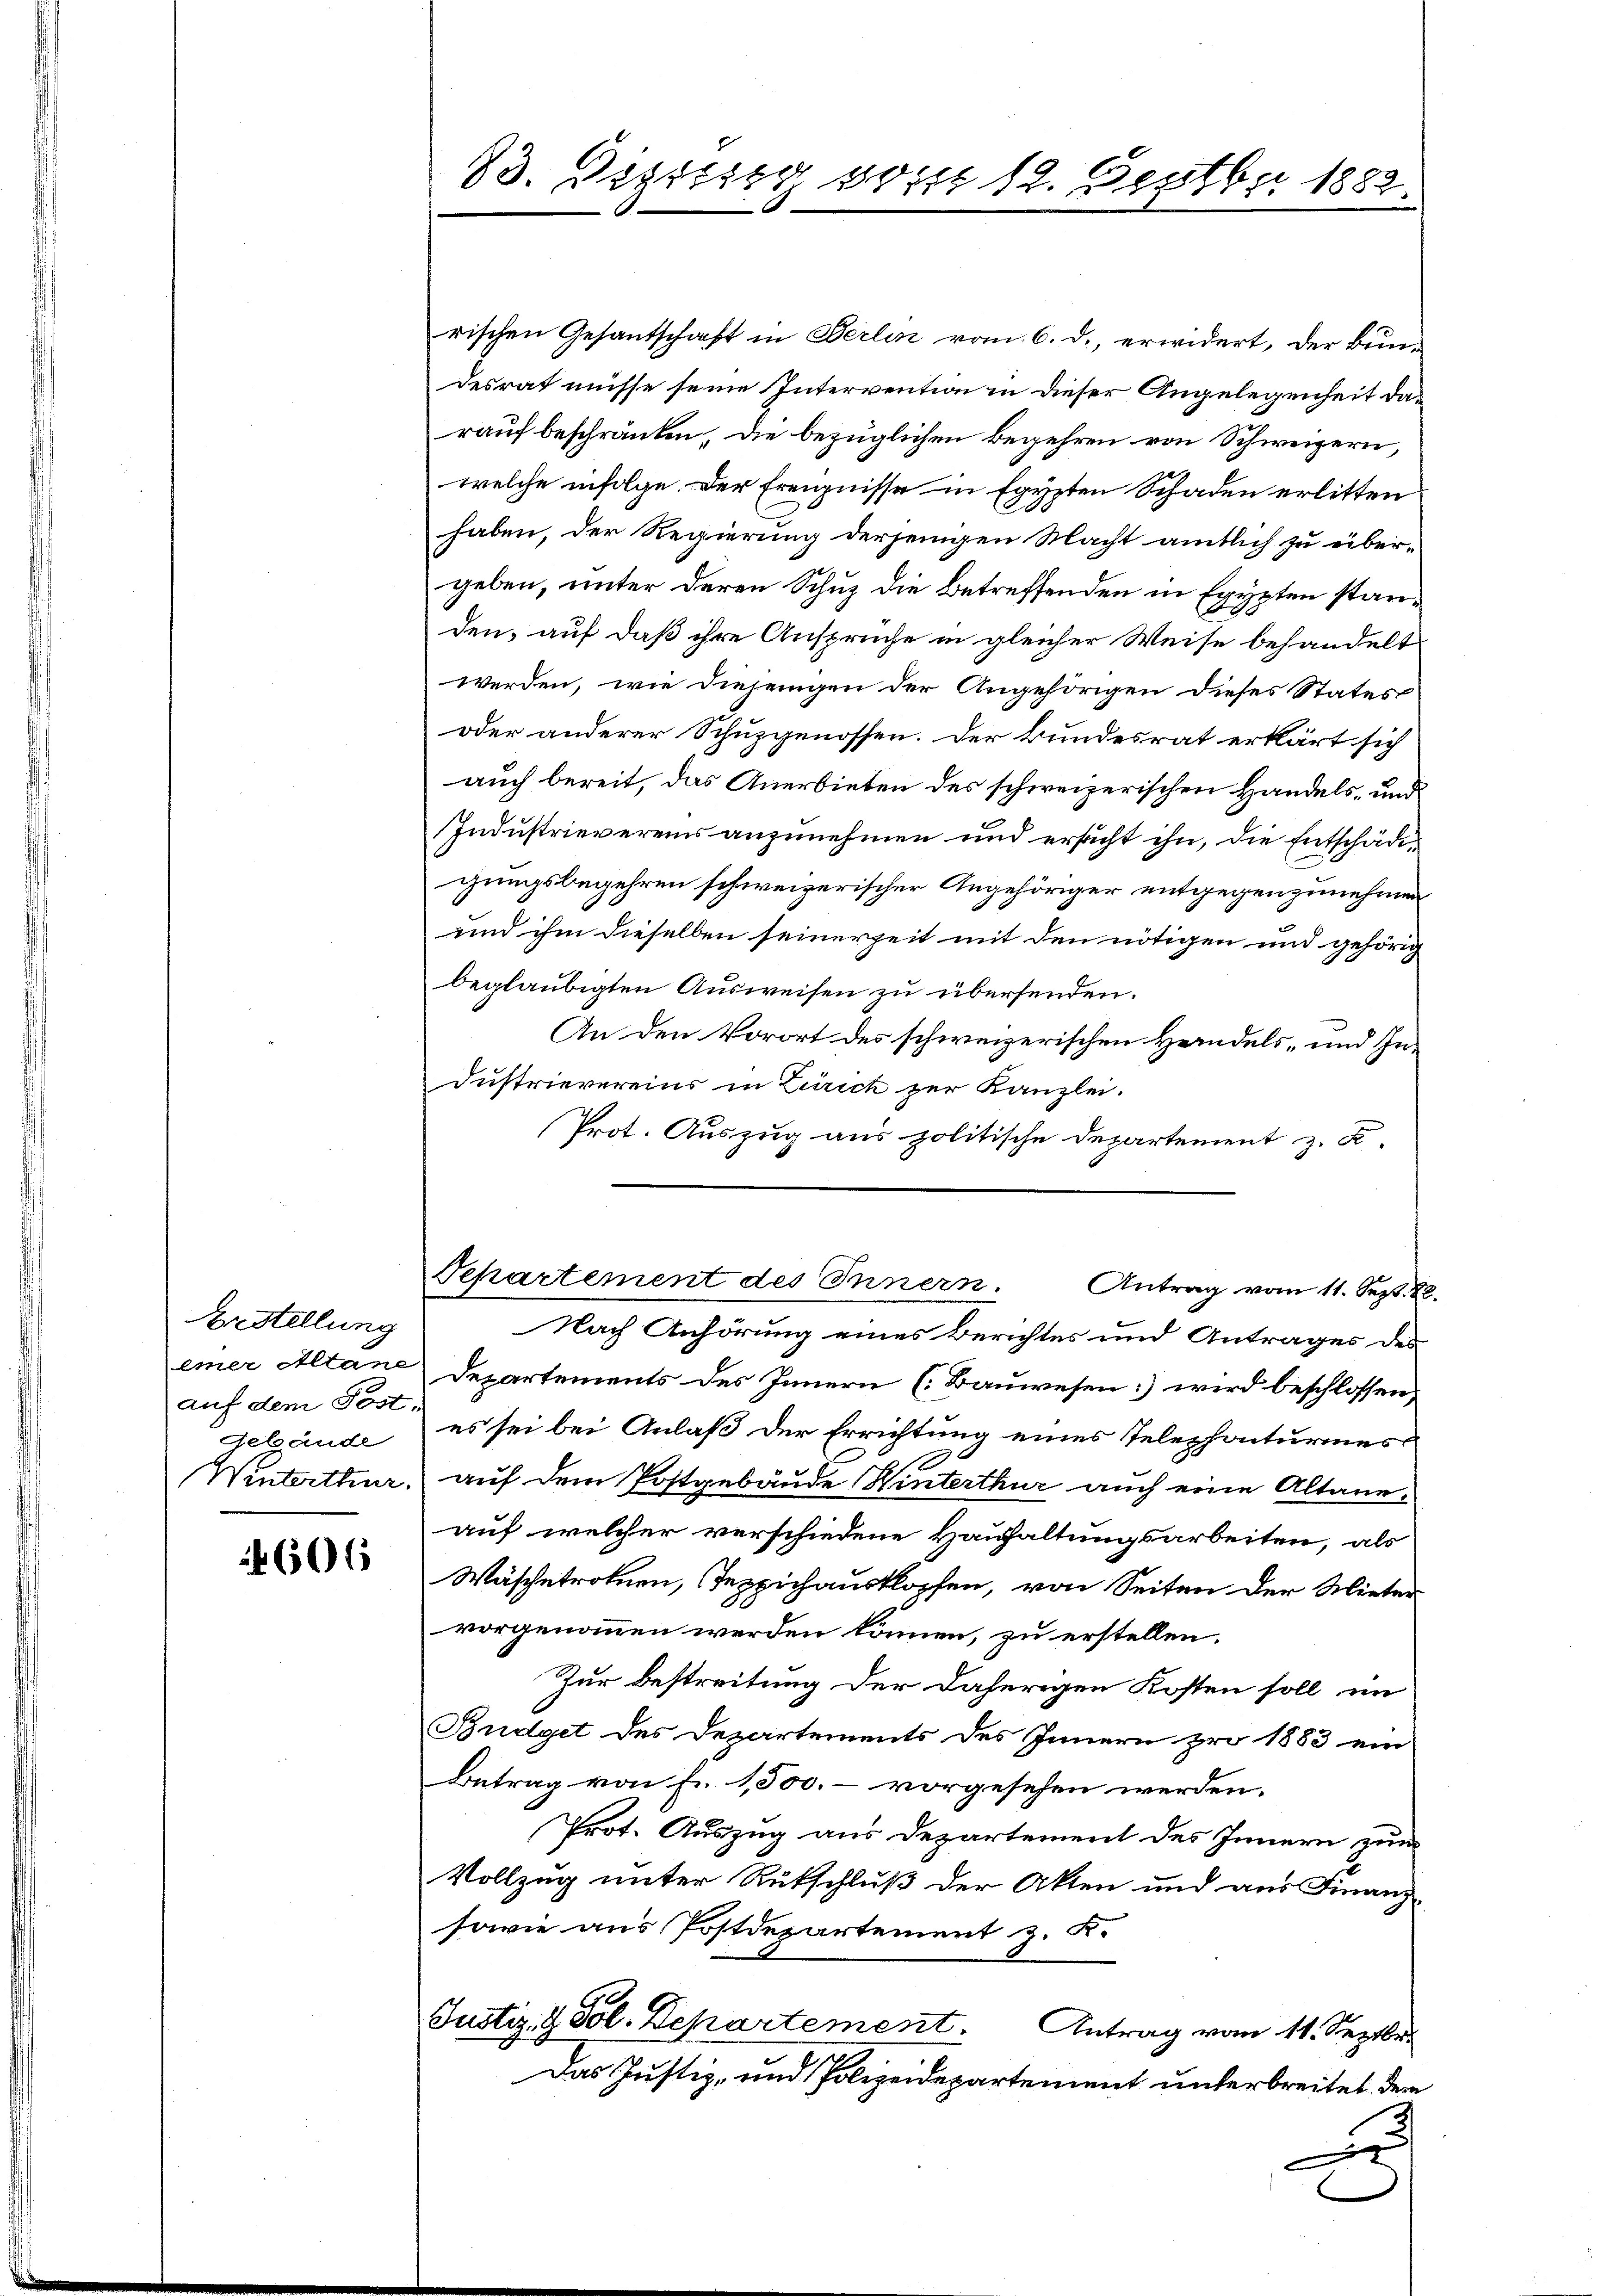
Erstellung
auf dem Post¬
Gebäude
Winterthur.

606

83. Distrig vom 12. Septbr 1882.

rischen Gesantschaft in Berlin vom 6. d. erwidert, der Bundesrat müsse seine Intervention in dieser Angelegenheit darauf beschränken, die bezüglichen Begehren von Schweizern,
welche infolge. Der Ereignisse in Egypten Schaden erlitten
haben, der Regierung derjenigen Nacht amtlich zu übergeben, unter deren Schuz die Betreffenden in Egypten standen, auf daß ihre Ansprüche in gleicher Weise behandelt
werden, wie diejenigen der Angehörigen dieses Status
oder anderer Schuzgenossen. Der Bundesrat erklärt sich
auch bereit, das Anerbieten des schweizerischen Handels- und
Industrievereins anzunehmen und ersucht ihn, die Entschädigungsbegehren schweizerischer Angehöriger entgegenzunehmen
und ihm dieselben seinerzeit mit den nötigen und gehörig
beglaubigten Ausweisen zu übersenden.
An den Vorort des schweizerischen Handels- und In¬
Dustrievereins in Zürich zur Kanzlei.
Prot. Auszug aus politische Departement z. K.
Separtement des Innern. Antrag vom 11. Sept. 82.
Nach Anhörung eines Berichtes und Antrages des
einer Altane Departements des Innern (Bauwesen wird beschlossen,
es sei bei Anlaß der Errichtung eines Telephonturmes
auf dem Postgebäude Hinterthur auch eine Altaneauf welcher verschiedene Hauhaltungsarbeiten, als
Wäsche trotuen, Teppichausklopfen, von Seiten der Mieter
vorgenommen werden können, zu erstellen.
Zur Bestreitung der daherigen Kosten soll im
Budget des Departements des Innern pro 1883 ein
Betrag von Fr. 1,500.- vorgesehen werden.
Prot. Auszug aus Departement des Innern zum
Vollzug unter Rutschluß der Akten und aus Finanz-
sowie aus Postdepartement z. K.
Justiz- & Pol. Departement. Antrag vom 11. Septbr.
Das Justiz- und Polizeidepartement unterbreitet dem
|